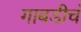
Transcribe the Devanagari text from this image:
गाबडीचं